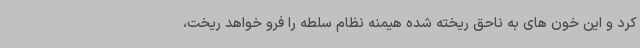
کرد و این خون های به ناحق ریخته شده هیمنه نظام سلطه را فرو خواهد ریخت،